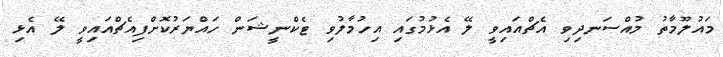
މައުލޫމާތު މުއްސަނދިވި އެޗްއައިވީ ލޭ އެޅުމުގައި އިހުމާލުވި ޓެކްނީޝަން ހައްޔަރުކޮށްފިއެޗްއައިވީ ލޭ އެޅި